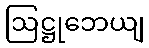
ဩဋ္ဌုဘေယျ